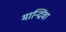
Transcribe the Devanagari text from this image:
मान्द्रिवा